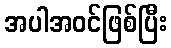
အပါအဝင်ဖြစ်ပြီး